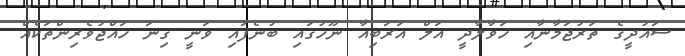
ސައުދީގެ ތަރުޖަމާނާއި ހަވާލާދީ އަލް އަރަބިއާ ނޫހުގައި ބުނެފައި ވަނީ ގިނަ ހައްޖުވެރިންތަކެއް